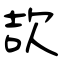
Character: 欯